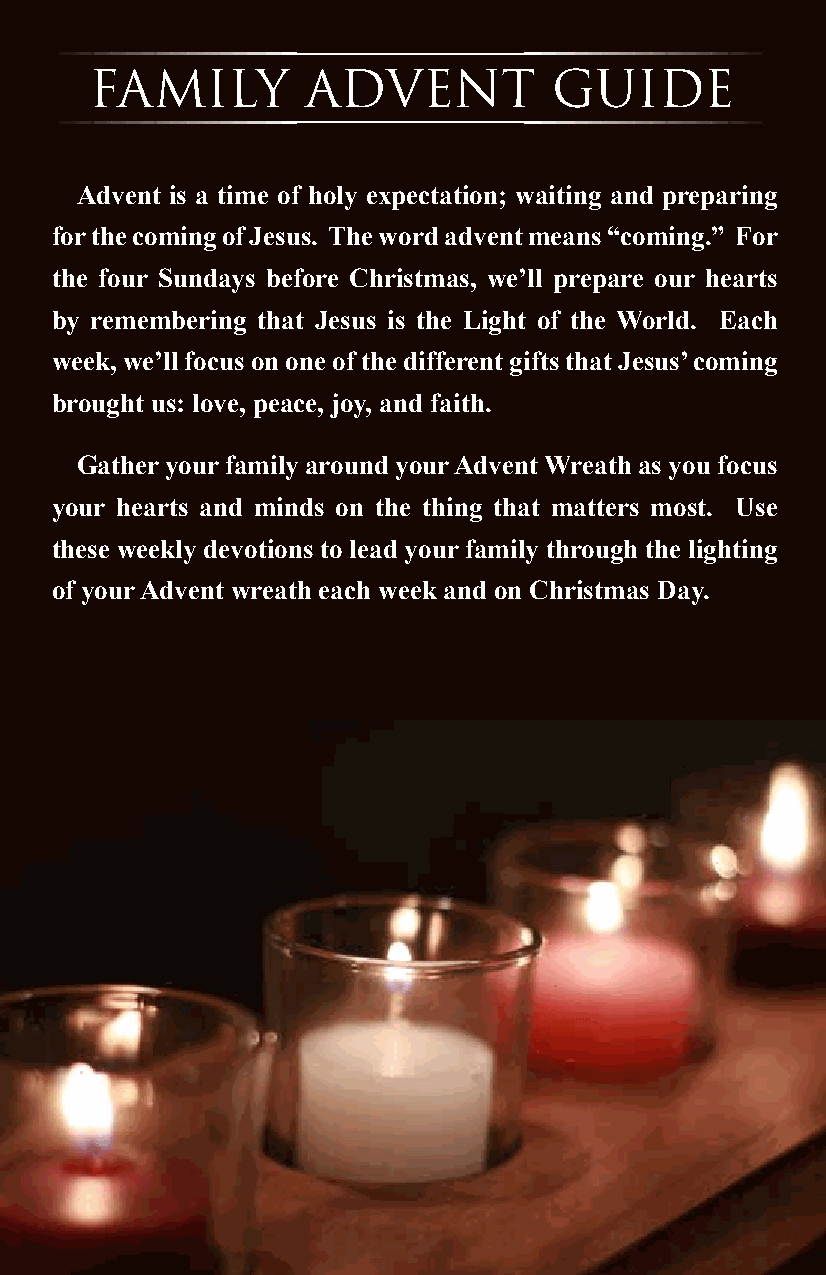
FAMILY        ADVENT           GUIDE
 Advent is a time of holy expectation; waiting and preparing
 for the coming of Jesus. The word advent means “coming.” For
 the four Sundays before Christmas, we’ll prepare our hearts
 by remembering that Jesus is the Light of the World. Each
 week, we’ll focus on one of the different gifts that Jesus’ coming
 brought us: love, peace, joy, and faith.
 Gather your family around your Advent Wreath as you focus
 your hearts and minds on the thing that matters most. Use
 these weekly devotions to lead your family through the lighting
 of your Advent wreath each week and on Christmas Day.